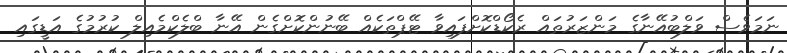
ނަމަވެސް ވަލްބުއޭނާގެ މަންޒަރުތައް ރެކޯޑްކޮށްފައިވާ ޓޭޕްތަކެއް ބޭނުންކޮށްގެން އޭނާ ބްލެކްމެއިލް ކުރުމުގެ އަޑީގައި